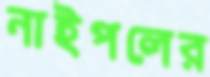
নাইপলের